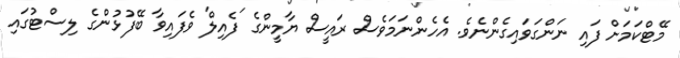
މޭޓްކަމަށް ފައި ނަންގަވައިގެންނެވެ. އެހެންނަމަވެސް ރައީސް ޔާމީންގެ 'ފެއިލް' ވެފައިވާ ބޭފުޅުންގެ ލިސްޓުގައި